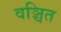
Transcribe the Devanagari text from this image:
वञ्चित